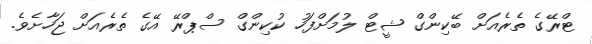
ޓްރޭގެ ތެރެއަށް ބޭކިންގް ޝީޓް ލުމަށްފަހު ކުކިންގް ސްޕްރޭ އޭގެ ތެރެއަށް ޖަހާށެވެ.